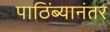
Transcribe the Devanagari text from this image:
पाठिंब्यानंतर